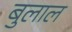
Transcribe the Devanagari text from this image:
बुलाल